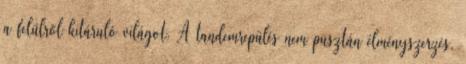
a felülről kitáruló világot. A tandemrepülés nem pusztán élményszerzés,